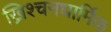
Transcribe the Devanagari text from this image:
ख्रिश्चनधार्मिक